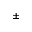
\pm